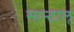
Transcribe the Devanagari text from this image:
सान्टाल्